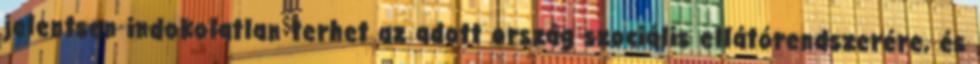
jelentsen indokolatlan terhet az adott ország szociális ellátórendszerére, és